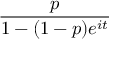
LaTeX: \frac { p } { 1 - ( 1 - p ) e ^ { i t } }